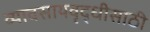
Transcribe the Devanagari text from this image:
व्यावसायवृद्धीसाठी